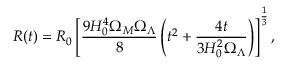
R ( t ) = R _ { 0 } \left[ \frac { 9 H _ { 0 } ^ { 4 } \Omega _ { M } \Omega _ { \Lambda } } { 8 } \left( t ^ { 2 } + \frac { 4 t } { 3 H _ { 0 } ^ { 2 } \Omega _ { \Lambda } } \right) \right] ^ { \frac { 1 } { 3 } } ,